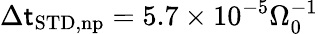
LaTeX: \Delta\mathsf{t}_{\mathrm{{STD,np}}}=5.7\times10^{-5}\Omega_{0}^{-1}